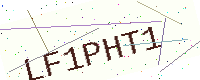
Text: LF1PHT1